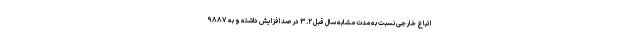
اتباع خارجی نسبت به مدت مشابه سال قبل ۳.۲ درصد افزایش داشته و به ۹۸۸۷